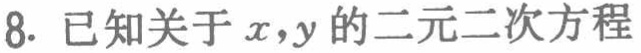
8. 已知关于\(x,y\)的二元二次方程